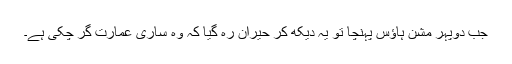
جب دوپہر مشن ہاؤس پہنچا تو یہ دیکھ کر حیران رہ گیا کہ وہ ساری عمارت گر چکی ہے۔